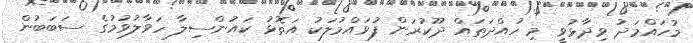
މުހައްމަދު ވިދާޅުވީ މި ހުއްދަތައް ދޫކުރަން ފުވައްމުލަކު އަތޮޅު ކައުންސިލާ ހަވާލުވުމުގެ ސަބަބުން